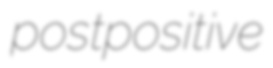
postpositive